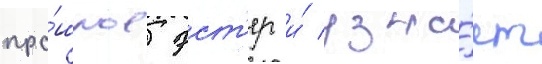
про́шлое эст'ер и́ узна́ет